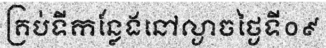
គ្រប់ទីកន្លែងនៅល្ងាចថ្ងៃទី០៩